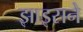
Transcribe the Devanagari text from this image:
झाइसने